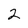
Character: 2